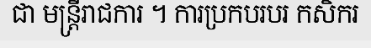
ជា មន្ត្រីរាជការ ។ ការប្រកបរបរ កសិករ